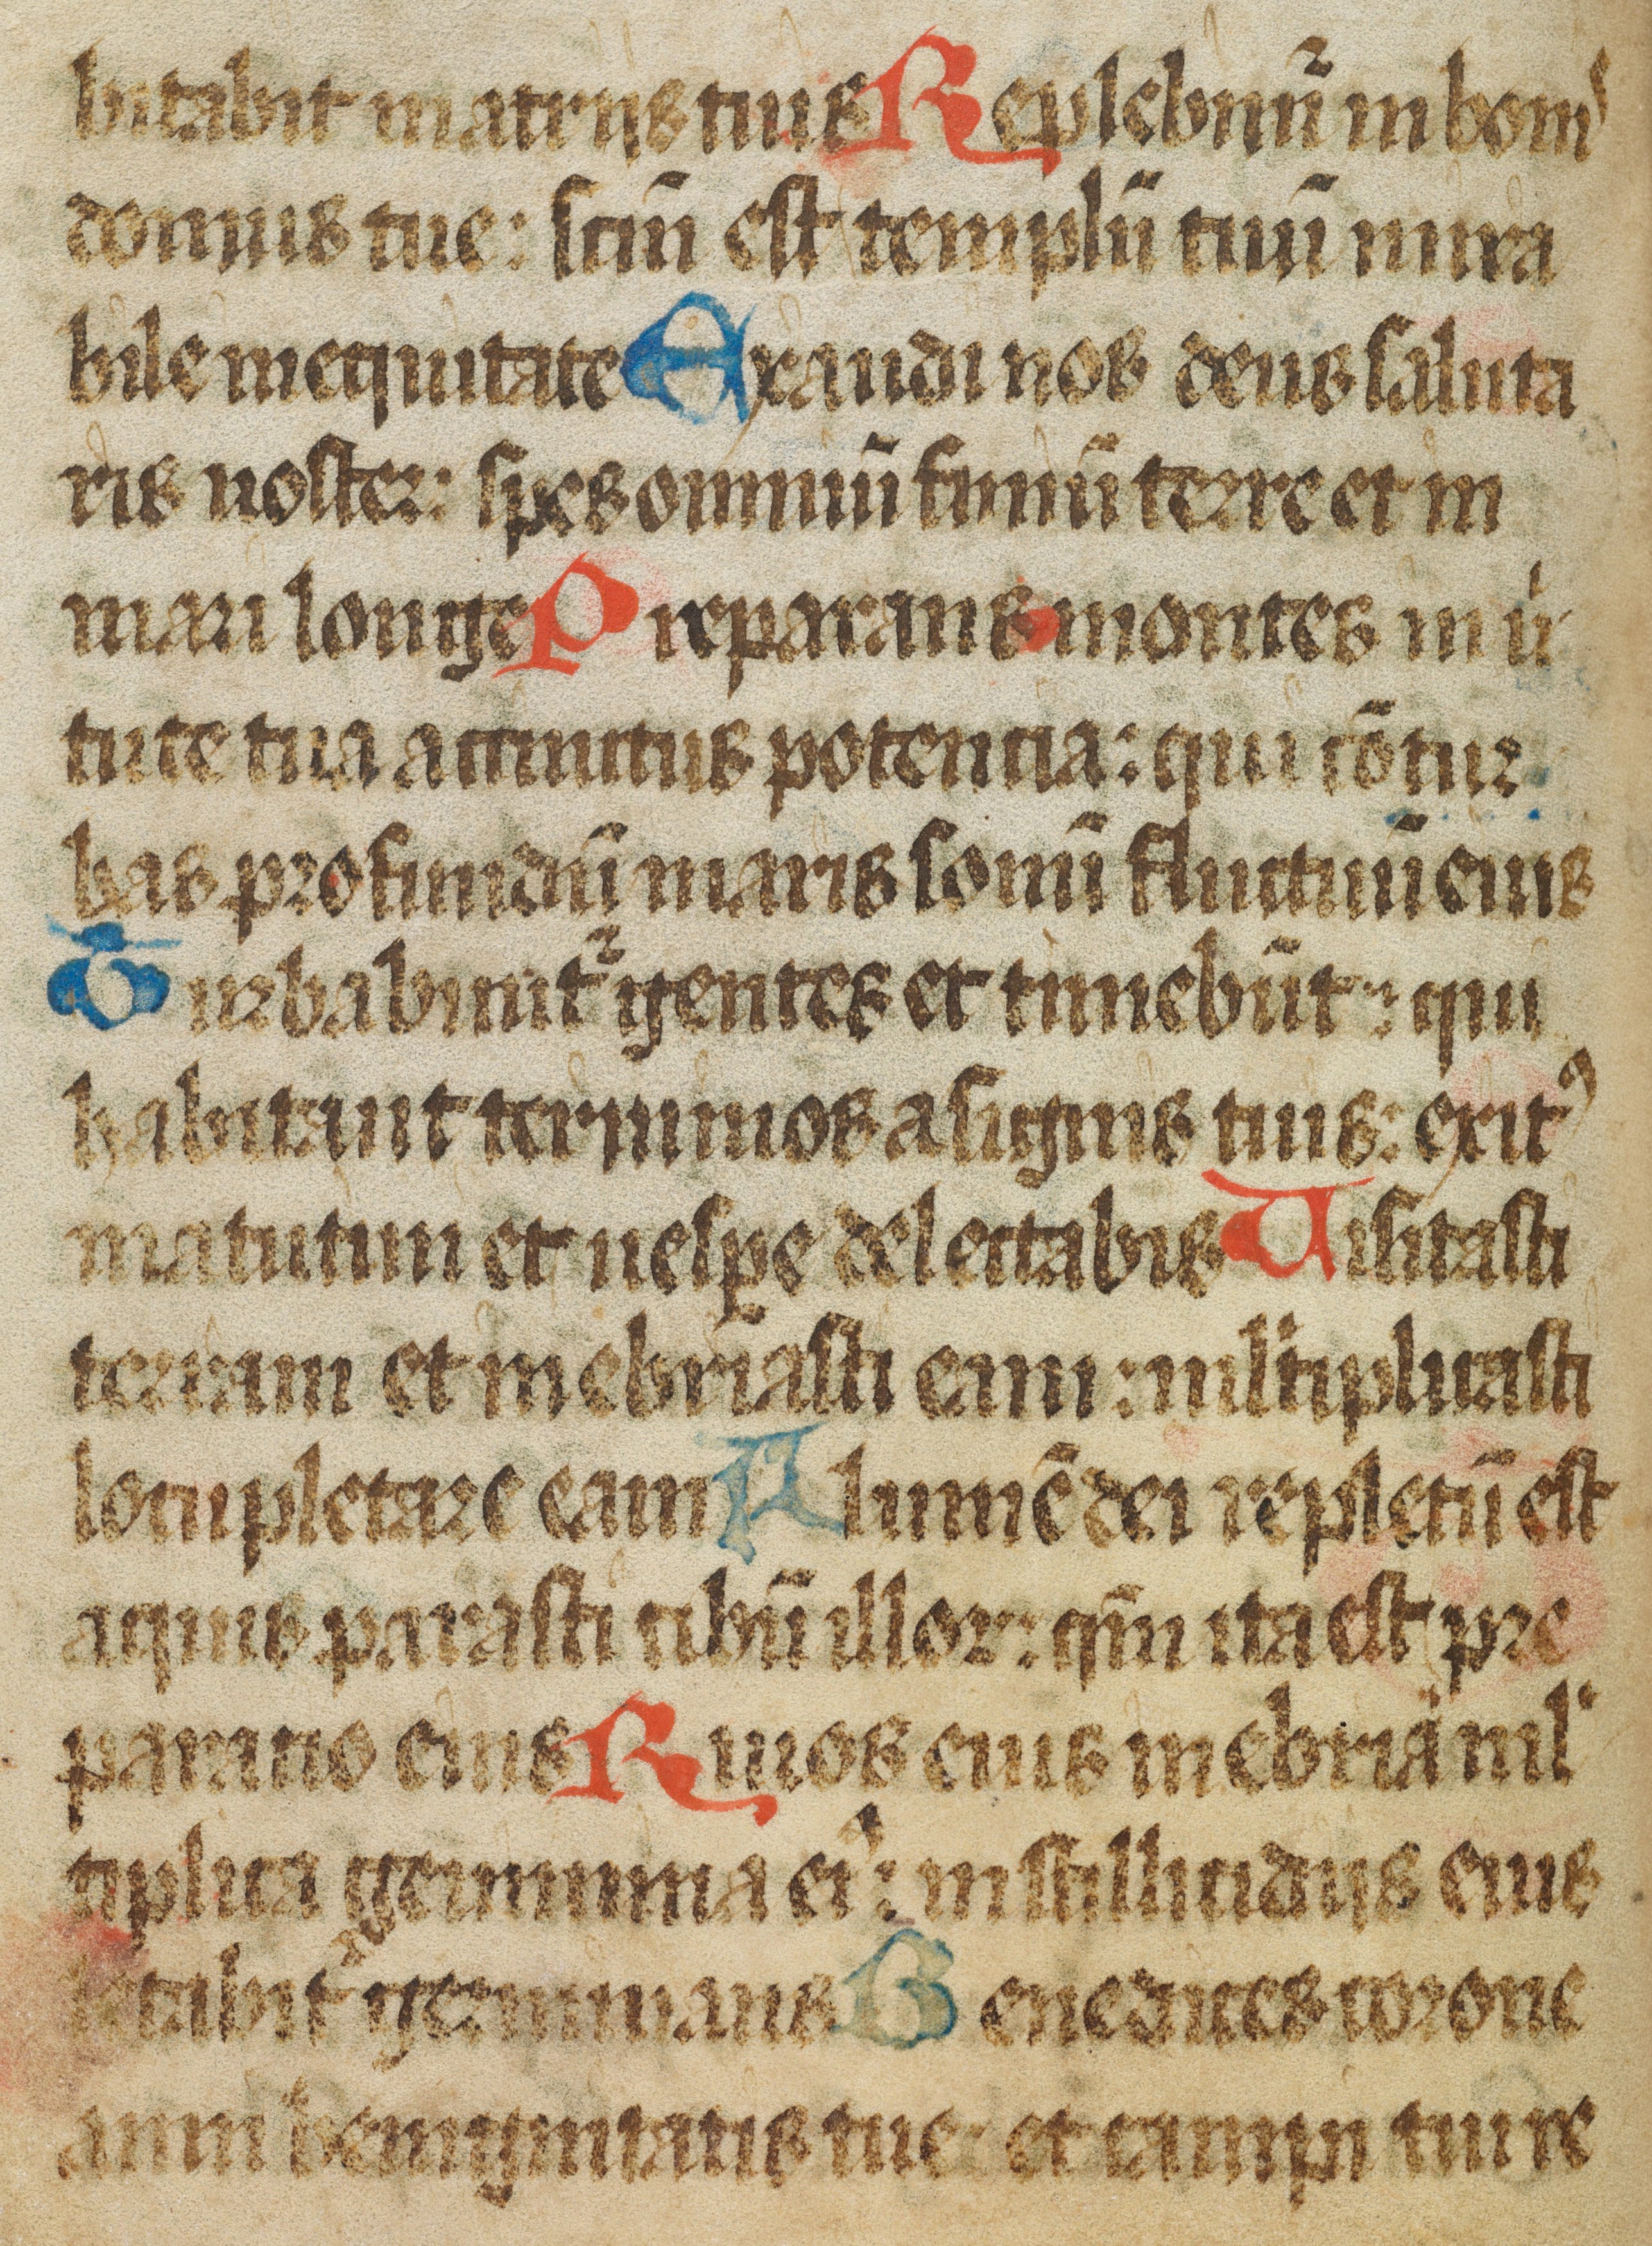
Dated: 1450–1499